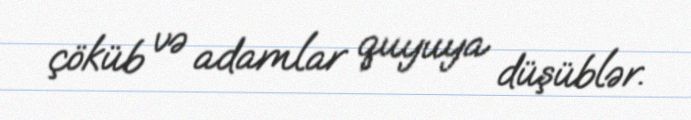
çöküb və adamlar quyuya düşüblər.